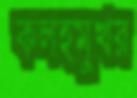
কলহমুখর